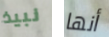
نبيذ أنها